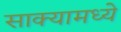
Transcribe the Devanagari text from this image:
साक्यामध्ये